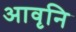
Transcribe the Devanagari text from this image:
आवृनि